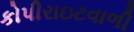
કોપીરાઇટવાળી